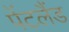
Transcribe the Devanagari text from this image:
पेंटलैंड